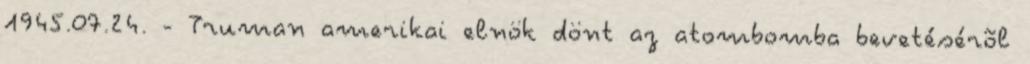
1945.07.24. - Truman amerikai elnök dönt az atombomba bevetésérõl